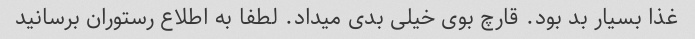
غذا بسیار بد بود. قارچ بوی خیلی بدی میداد. لطفا به اطلاع رستوران برسانید